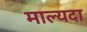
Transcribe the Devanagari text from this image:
माल्यदा